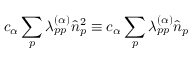
c _ { \alpha } \sum _ { p } \lambda _ { p p } ^ { ( \alpha ) } \hat { n } _ { p } ^ { 2 } \equiv c _ { \alpha } \sum _ { p } \lambda _ { p p } ^ { ( \alpha ) } \hat { n } _ { p }